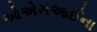
ઓએસઆઈના